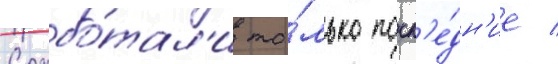
Срабо́тал'и то́лько посл'е́дн'ие /